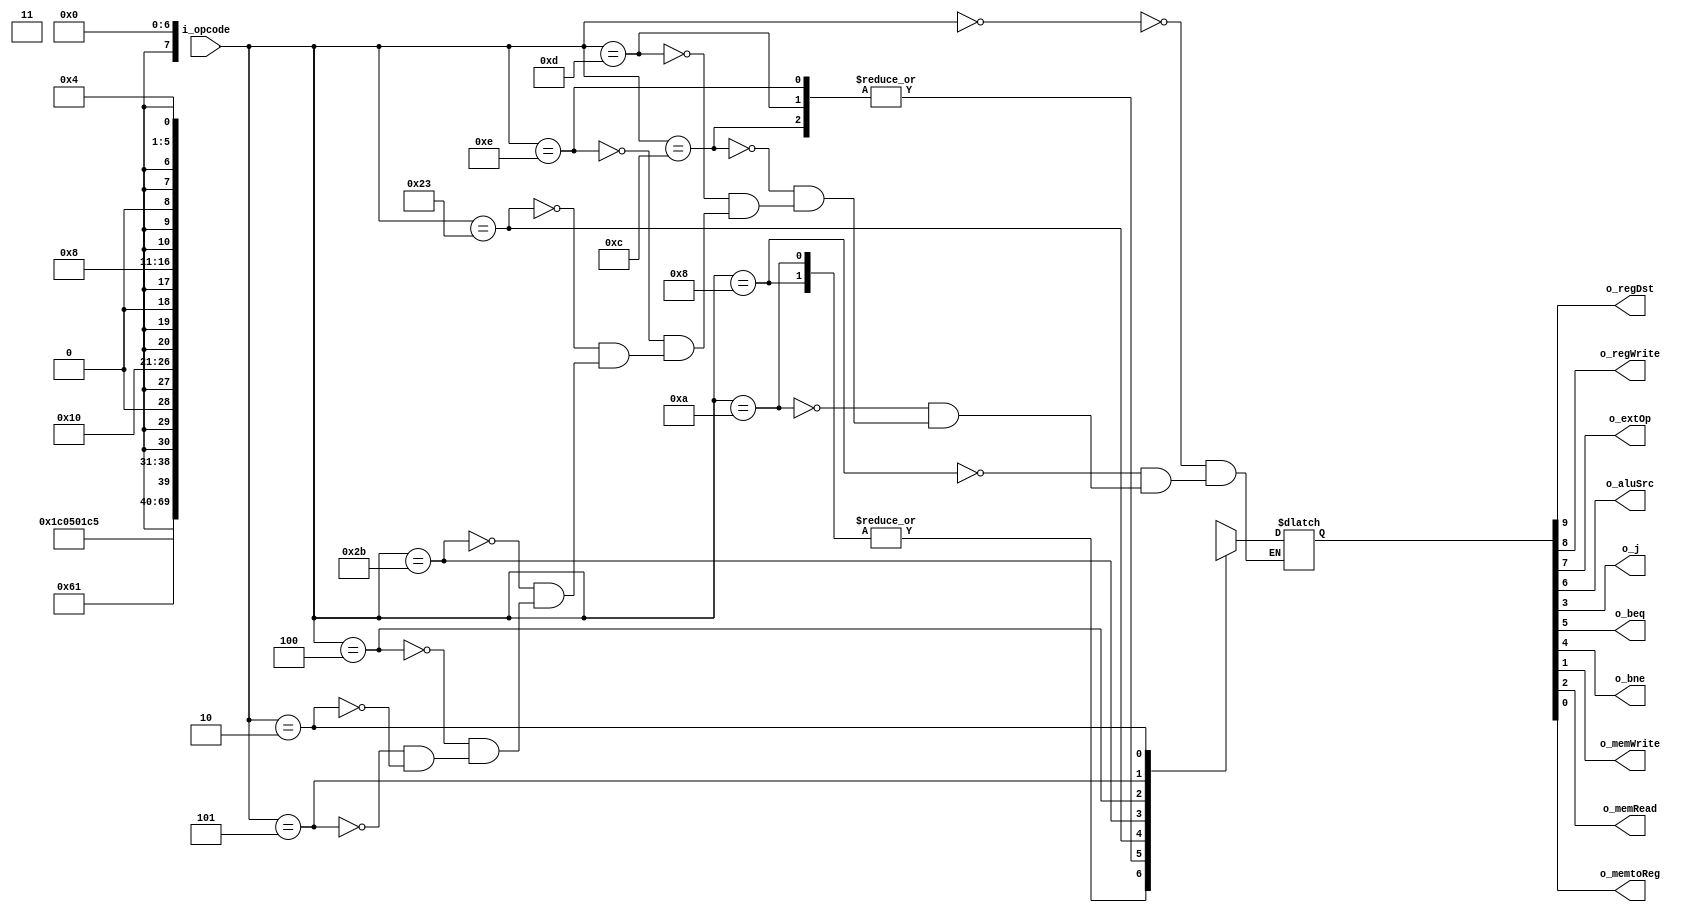
module control(
	input [5:0]  i_opcode,
	output  o_regDst,
	output	o_regWrite,
	output	o_extOp,
	output  o_aluSrc, 
	output  o_j,
	output  o_beq,
	output  o_bne,
	output  o_memWrite,
	output  o_memRead,
	output  o_memtoReg
               			);
               
reg [10:0] o_reg;

assign o_regDst 	= o_reg [9];
assign o_regWrite 	= o_reg [8];
assign o_extOp 		= o_reg [7];
assign o_aluSrc 	= o_reg [6];
assign o_beq 		= o_reg [5];
assign o_bne 		= o_reg [4];
assign o_j 			= o_reg [3];
assign o_memRead 	= o_reg [2];
assign o_memWrite 	= o_reg [1];
assign o_memtoReg 	= o_reg [0];

parameter [5:0] R 		= 6'h0;
parameter [5:0] addi 	= 6'h8;
parameter [5:0] slti 	= 6'hA;
parameter [5:0] andi 	= 6'hC;
parameter [5:0] ori 	= 6'hD;
parameter [5:0] xori 	= 6'hE;
parameter [5:0] lw 		= 6'h23;
parameter [5:0] sw 		= 6'h2B;
parameter [5:0] beq 	= 6'h4;
parameter [5:0] bne 	= 6'h5;
parameter [5:0] j 		= 6'h2;


always @(*)
	begin
		case(i_opcode)
		R:o_reg <= 10'b11x0000000;
		addi:o_reg <= 10'b0111000000;
		slti:o_reg <= 10'b0111000000;
		andi:o_reg <= 10'b0101000000;
		ori:o_reg <= 10'b0101000000;
		xori:o_reg <= 10'b0101000000;
		lw:o_reg <= 10'b0111000101;
		sw:o_reg <= 10'bx01100001x;
		beq:o_reg <= 10'bx0x010000x;
		bne:o_reg <= 10'bx0x001000x;
		j:o_reg <= 10'bx0xx00100x;
		endcase
	end
  
endmodule